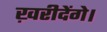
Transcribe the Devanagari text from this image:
ख़रीदेंगे।